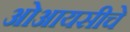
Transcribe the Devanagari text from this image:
ओआयसीचे